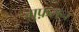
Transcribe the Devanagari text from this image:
ग़ुफ़रान